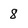
Character: 8